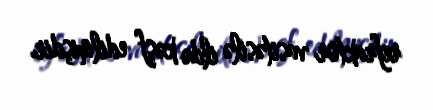
refraktor vasitəsilə ildə kəşf edilmişdir.